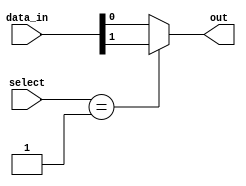
module mux_256to1 (
    input [255:0] data_in, // 256 input data lines
    input [7:0] select, // 8-bit select signal
    output reg out
);

always @(*) begin
    case(select)
        8'b00000000: out = data_in[0];
        8'b00000001: out = data_in[1];
        // Keep adding cases for all 256 input lines
        // Ensure that each case matches the corresponding input data source to be routed to the output
        default: out = data_in[0]; // Default case
    endcase
end

endmodule